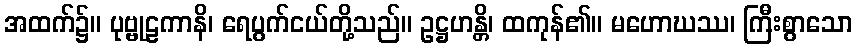
အထက်၌။ ပုဗ္ဗုဠကာနိ၊ ရေပွက်ငယ်တို့သည်။ ဥဋ္ဌဟန္တိ၊ ထကုန်၏။ မဟောဃဿ၊ ကြီးစွာသော